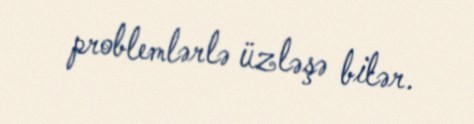
problemlərlə üzləşə bilər.